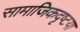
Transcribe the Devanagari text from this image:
सामाजिकदृष्‍टया